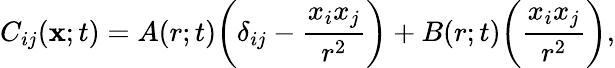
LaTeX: C_{ij}({\mathbf x};t)=A(r;t)\bigg(\delta_{ij}-\frac{x_{i}x_{j}}{r^{2}}\bigg)+B(r;t)\biggl(\frac{x_{i}x_{j}}{r^{2}}\biggr),